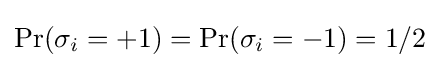
\Pr(\sigma _{i}=+1)=\Pr(\sigma _{i}=-1)=1/2